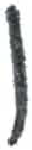
אות: ן